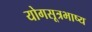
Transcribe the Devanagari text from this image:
योगसूत्रभाष्य